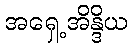
အရှေ့အိန္ဒိယ